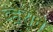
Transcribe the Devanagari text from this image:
व्हेराने